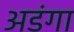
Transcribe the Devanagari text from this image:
अडंगा